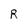
Character: R